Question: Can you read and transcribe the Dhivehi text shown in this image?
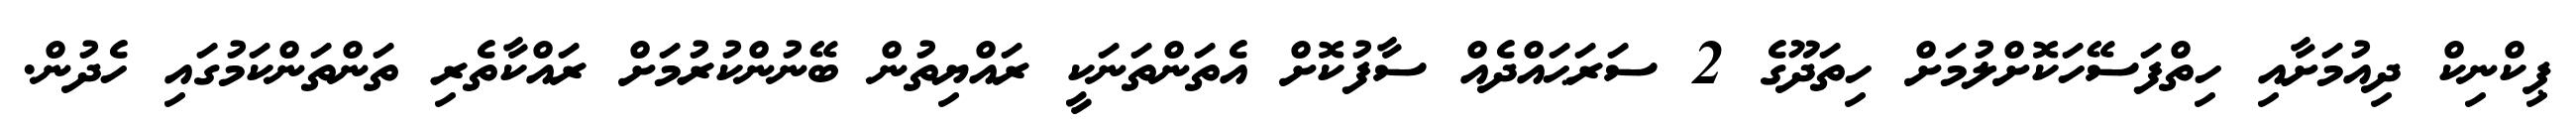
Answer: ޕިކްނިކް ދިއުމަށާއި ހިތްފަސޭހަކޮށްލުމަށް ހިތަދޫގެ 2 ސަރަޙައްދެއް ސާފުކޮށް އެތަންތަނަކީ ރައްޔިތުން ބޭނުންކުރުމަށް ރައްކާތެރި ތަންތަންކަމުގައި ހެދުން.